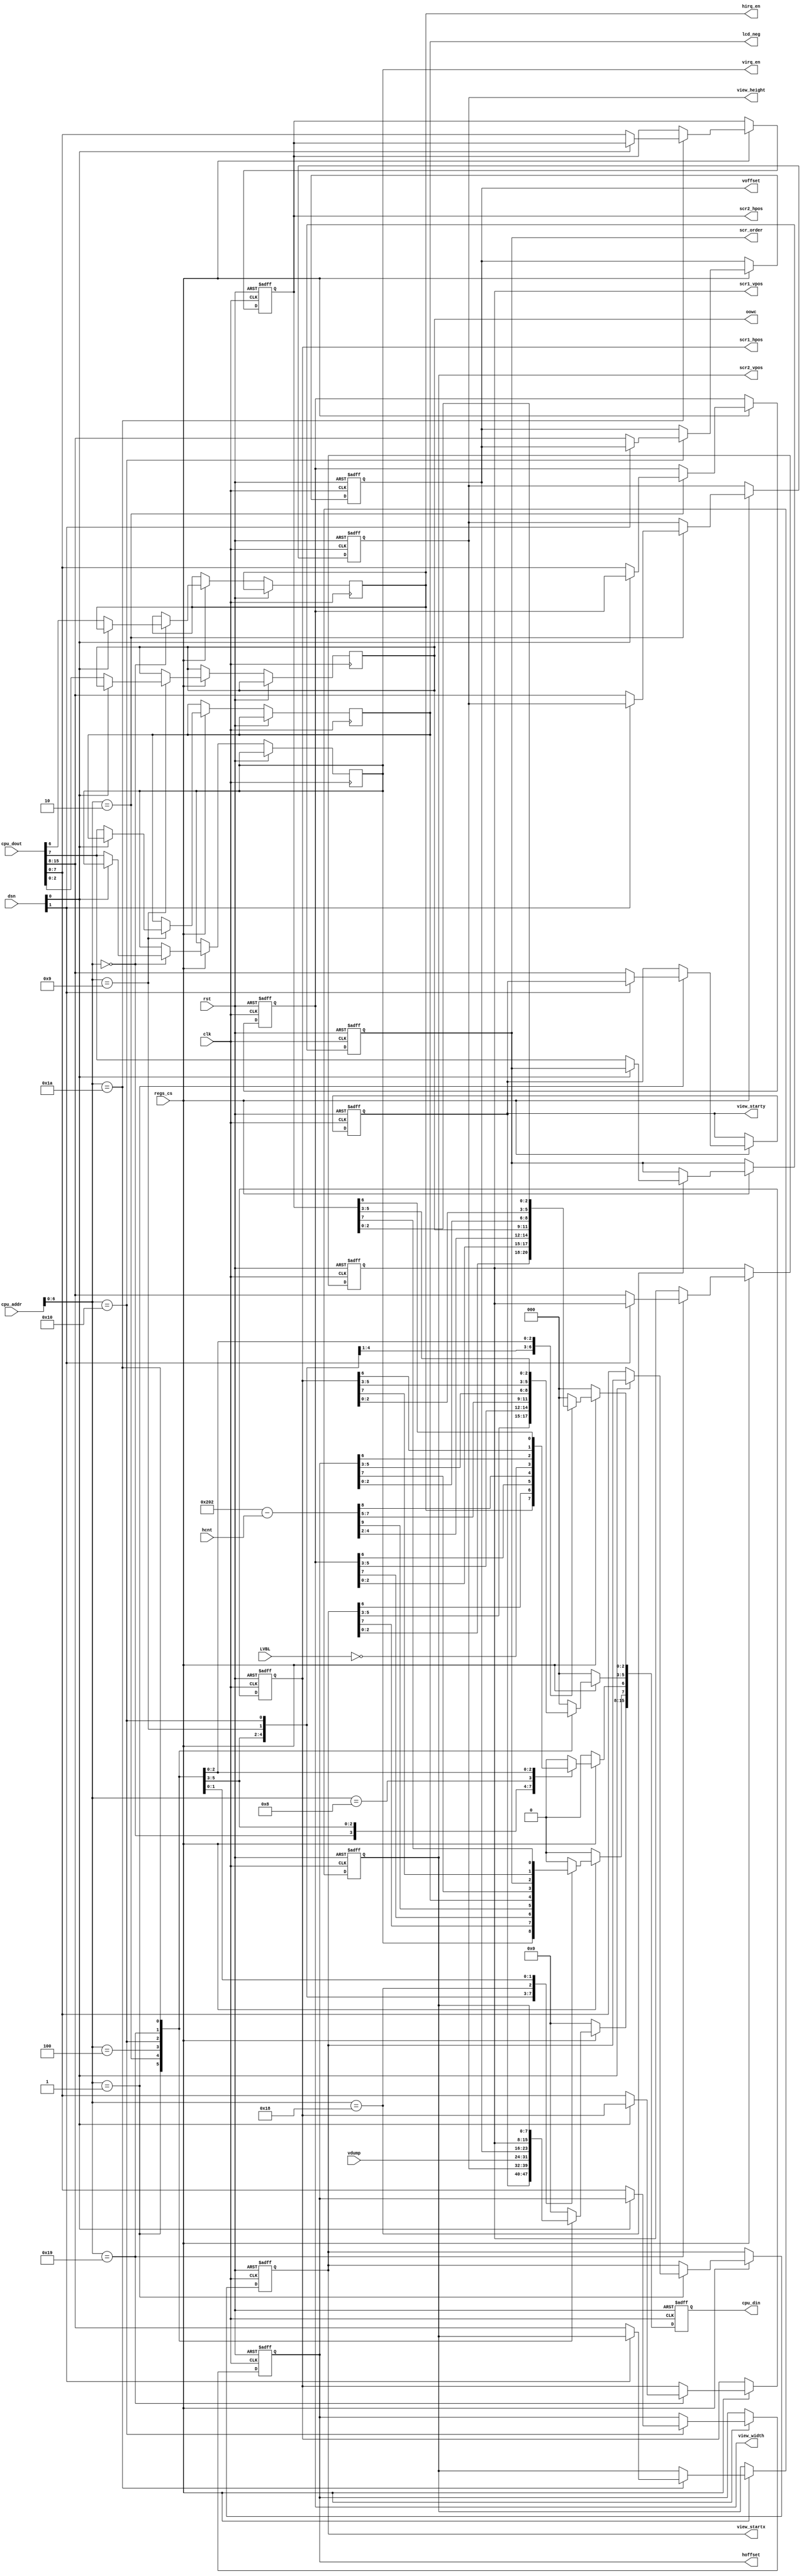
// This program was cloned from: https://github.com/jotego/jtcores
// License: GNU General Public License v3.0

/*  This file is part of JTCORES.
    JTCORES program is free software: you can redistribute it and/or modify
    it under the terms of the GNU General Public License as published by
    the Free Software Foundation, either version 3 of the License, or
    (at your option) any later version.

    JTCORES program is distributed in the hope that it will be useful,
    but WITHOUT ANY WARRANTY; without even the implied warranty of
    MERCHANTABILITY or FITNESS FOR A PARTICULAR PURPOSE.  See the
    GNU General Public License for more details.

    You should have received a copy of the GNU General Public License
    along with JTCORES.  If not, see <http://www.gnu.org/licenses/>.

    Author: Jose Tejada Gomez. https://patreon.com/jotego
    Version: 1.0
    Date: 23-3-2022 */

module jtngp_mmr(
    input             clk,
    input             rst,
    input      [ 9:0] hcnt,
    input      [ 7:0] vdump,
    input             LVBL,
    // CPU access
    input      [12:1] cpu_addr,
    output reg [15:0] cpu_din,
    input      [15:0] cpu_dout,
    input      [ 1:0] dsn,
    input             regs_cs,
    // video access
    output reg [ 7:0] hoffset,      // sprite global horizontal offset
    output reg [ 7:0] voffset,      //               vertical
    output reg [ 7:0] scr1_hpos,
    output reg [ 7:0] scr1_vpos,
    output reg [ 7:0] scr2_hpos,
    output reg [ 7:0] scr2_vpos,
    output reg [ 7:0] view_width,
    output reg [ 7:0] view_height, // it influences when interrupts occur too
    output reg [ 7:0] view_startx,
    output reg [ 7:0] view_starty,
    output reg        scr_order,
    output reg        virq_en,  // active high
    output reg        hirq_en,
    output reg [ 2:0] oowc,     // outside window color
    output reg        lcd_neg   // negative/positive screen switch
);

wire [9:0] hdiff = 10'd514-hcnt; // the value read decreases from left to right
                                 // the LCD does not have scan lines

`define SETREG(a,b) begin if(!dsn[1]) a<=cpu_dout[15:8]; if(!dsn[0]) b<=cpu_dout[7:0]; cpu_din<={a,b}; end
// `define SET8L(b)    begin if(!dsn[0]) b<=cpu_dout[ 7:0]; cpu_din<=b; end
// `define SET8H(a)    begin if(!dsn[1]) a<=cpu_dout[15:8]; cpu_din<=a; end

`ifdef SIMULATION
reg [7:0] zeroval[0:63];
integer f,cnt;

initial begin
    f = $fopen("regsram.bin","rb");
    if( f!=0 ) begin
        cnt = $fread(zeroval,f);
        $display("Read %d from regsram.bin",cnt);
        $fclose(f);
        scr_order   = zeroval[6'h30][7];
        view_startx = zeroval[6'h02];
        view_starty = zeroval[6'h03];
        view_width  = zeroval[6'h04];
        view_height = zeroval[6'h05];
        hoffset     = zeroval[6'h20];
        voffset     = zeroval[6'h21];
        scr1_hpos   = zeroval[6'h32];
        scr1_vpos   = zeroval[6'h33];
        scr2_hpos   = zeroval[6'h34];
        scr2_vpos   = zeroval[6'h35];
        {virq_en, hirq_en } = zeroval[6'h00][7:6];
        lcd_neg     = zeroval[6'h12][7];
        oowc        = zeroval[6'h12][2:0];
        $display("View window (%0d,%0d) size = %0dx%0d",view_startx,view_starty,view_width,view_height);
        $display("Sprite offset = %0d,%0d",hoffset,voffset);
        $display("SCR1 %d,%d",scr1_hpos,scr1_vpos);
        $display("SCR2 %d,%d",scr2_hpos,scr2_vpos);
    end else begin
        $display("Could not open regsram.bin");
    end
end
`endif

always @(posedge clk, posedge rst) begin
    if( rst
`ifdef SIMULATION
    && cnt==0 // do not delete the values loaded from sim files
`endif
    ) begin
        hoffset     <= 0;
        voffset     <= 0;
        scr1_hpos   <= 0;
        scr1_vpos   <= 0;
        scr2_hpos   <= 0;
        scr2_vpos   <= 0;
        scr_order   <= 0; // 0 = plane 1 above, 1 = plane 2 above
        view_width  <= 8'hff;
        view_height <= 8'hff;
        view_startx <= 0;
        view_starty <= 0;
        cpu_din     <= 0;
    end else begin
        cpu_din <= 0;
        if( regs_cs ) begin
            case( cpu_addr[7:1] )
                7'h00>>1: begin
                    if(!dsn[0]) { virq_en, hirq_en } <= cpu_dout[7:6];     // 8000
                    cpu_din[7:6] <= { virq_en, hirq_en };
                end
                7'h02>>1: `SETREG(view_starty,view_startx)  // 8002
                7'h04>>1: `SETREG(view_height,view_width)   // 8004
                7'h08>>1: cpu_din <= { vdump, hdiff[9:2] }; // 8008
                7'h10>>1: cpu_din <= { 8'h0, 1'b0 /* char over*/, ~LVBL, 6'd0 }; // 8010
                7'h12>>1: begin
                    if(!dsn[0]) { lcd_neg, oowc } <= { cpu_dout[7], cpu_dout[2:0] }; // 8012
                    {cpu_din[7], cpu_din[2:0]} <= { lcd_neg, oowc };
                end
                7'h20>>1: `SETREG(voffset,hoffset) // offset for sprite position
                7'h30>>1: begin // scroll layer order
                    if(!dsn[0]) scr_order<=cpu_dout[7];
                    cpu_din <= {8'h0,scr_order,7'h0};
                end
                7'h32>>1: `SETREG(scr1_vpos, scr1_hpos)
                7'h34>>1: `SETREG(scr2_vpos, scr2_hpos)
                default:;
            endcase
        end
    end
end

`undef SETREG

endmodule